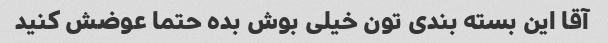
آقا این بسته بندی تون خیلی بوش بده حتما عوضش کنید